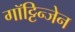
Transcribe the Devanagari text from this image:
गॉट्टिन्जेन